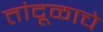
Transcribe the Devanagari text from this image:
तांदूळाचे